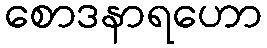
စောဒနာရဟော